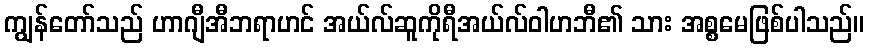
ကျွန်တော်သည် ဟာဂျီအီဘရာဟင် အယ်လ်ဆူကိုရီအယ်လ်ဝါဟဘီ၏ သား အစ္စမေဖြစ်ပါသည်။